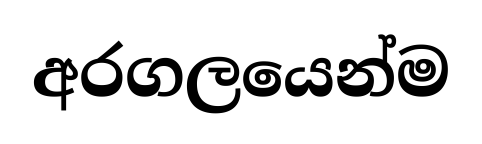
අරගලයෙන්ම